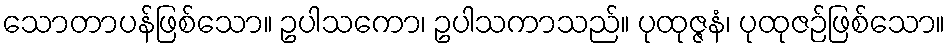
သောတာပန်ဖြစ်သော။ ဥပါသကော၊ ဥပါသကာသည်။ ပုထုဇ္ဇနံ၊ ပုထုဇဉ်ဖြစ်သော။